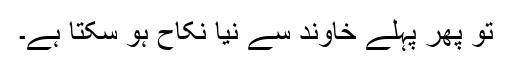
تو پھر پہلے خاوند سے نیا نکاح ہو سکتا ہے۔